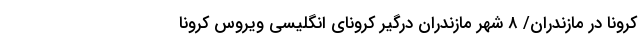
کرونا در مازندران/ ۸ شهر مازندران درگیر کرونای انگلیسی ویروس کرونا